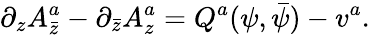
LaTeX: \partial_{z}A_{\bar{z}}^{a}-\partial_{\bar{z}}A_{z}^{a}=Q^{a}(\psi,\bar{\psi})-v^{a}.